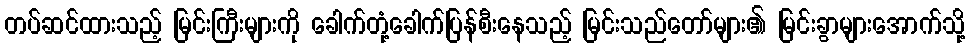
တပ်ဆင်ထားသည့် မြင်းကြီးများကို ခေါက်တုံ့ခေါက်ပြန်စီးနေသည့် မြင်းသည်တော်များ၏ မြင်းခွာများအောက်သို့